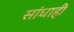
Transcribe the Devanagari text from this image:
सांधाही